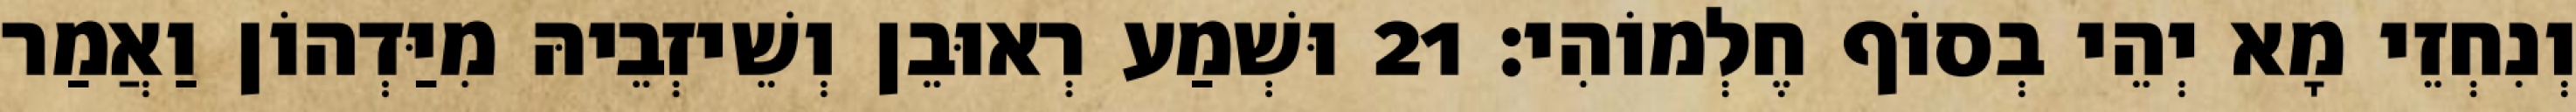
וְנִחְזֵי מָא יְהֵי בְסוֹף חֶלְמוֹהִי׃ 21 וּשְׁמַע רְאוּבֵן וְשֵׁיזְבֵיהּ מִיַּדְהוֹן וַאֲמַר